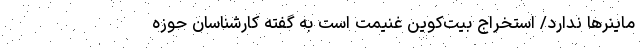
ماینرها ندارد/ استخراج بیت‌کوین غنیمت است به گفته کارشناسان حوزه